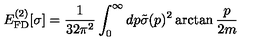
E _ { \mathrm { F D } } ^ { ( 2 ) } [ \sigma ] = \frac { 1 } { 3 2 \pi ^ { 2 } } \int _ { 0 } ^ { \infty } d p \tilde { \sigma } ( p ) ^ { 2 } \arctan \frac { p } { 2 m }